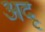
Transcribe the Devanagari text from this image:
अदू